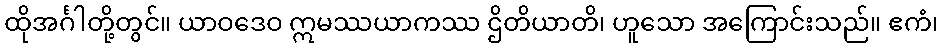
ထိုအင်္ဂါတို့တွင်။ ယာဝဒေဝ ဣမဿယာကဿ ဌိတိယာတိ၊ ဟူသော အကြောင်းသည်။ ဧကံ၊